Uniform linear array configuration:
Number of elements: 24
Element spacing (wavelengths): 0.5
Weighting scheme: kaiser
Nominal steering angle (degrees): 0
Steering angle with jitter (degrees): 0.3596
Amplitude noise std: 0.05
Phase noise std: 0.05

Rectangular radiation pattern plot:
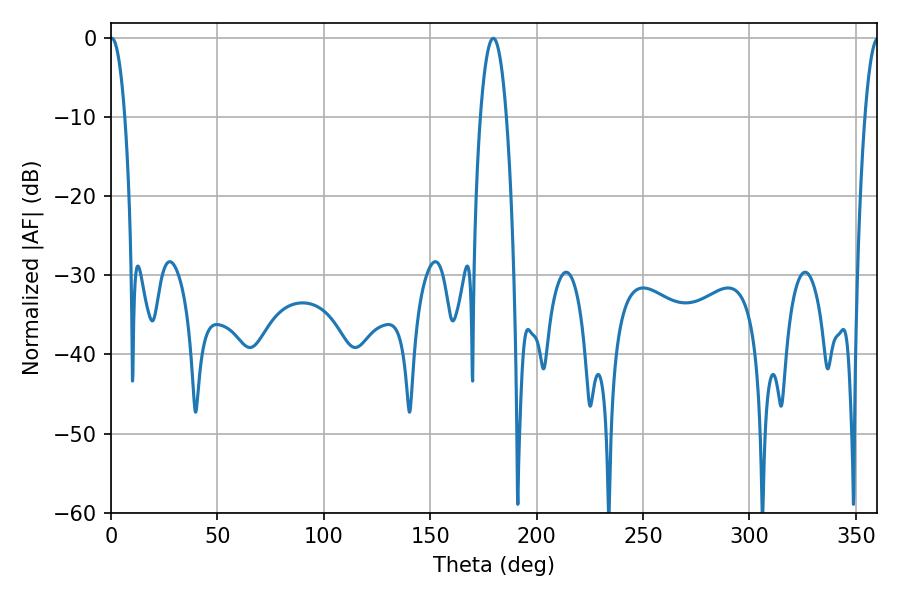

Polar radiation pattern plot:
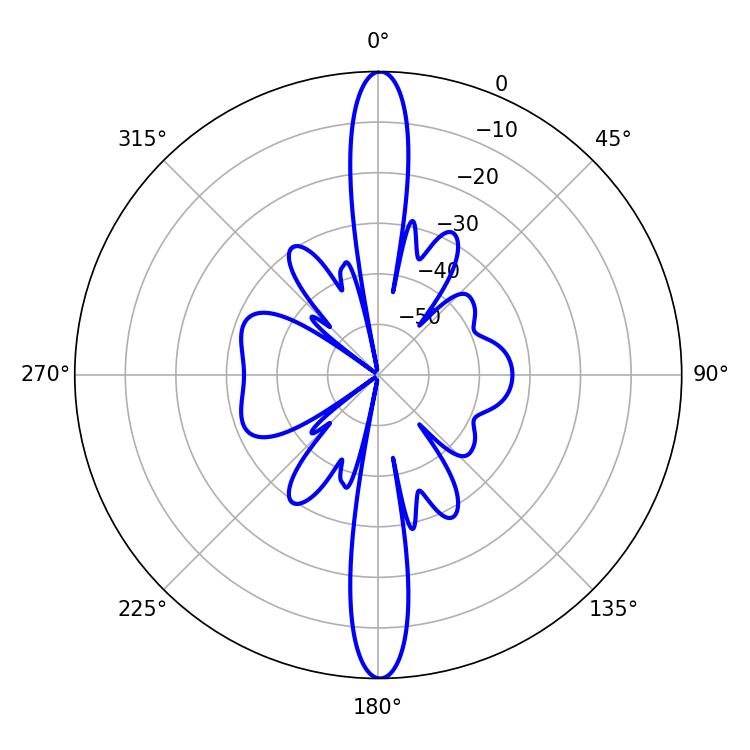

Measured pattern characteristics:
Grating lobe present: FALSE
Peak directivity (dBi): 31.485
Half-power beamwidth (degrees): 3.78
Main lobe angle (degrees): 0.36